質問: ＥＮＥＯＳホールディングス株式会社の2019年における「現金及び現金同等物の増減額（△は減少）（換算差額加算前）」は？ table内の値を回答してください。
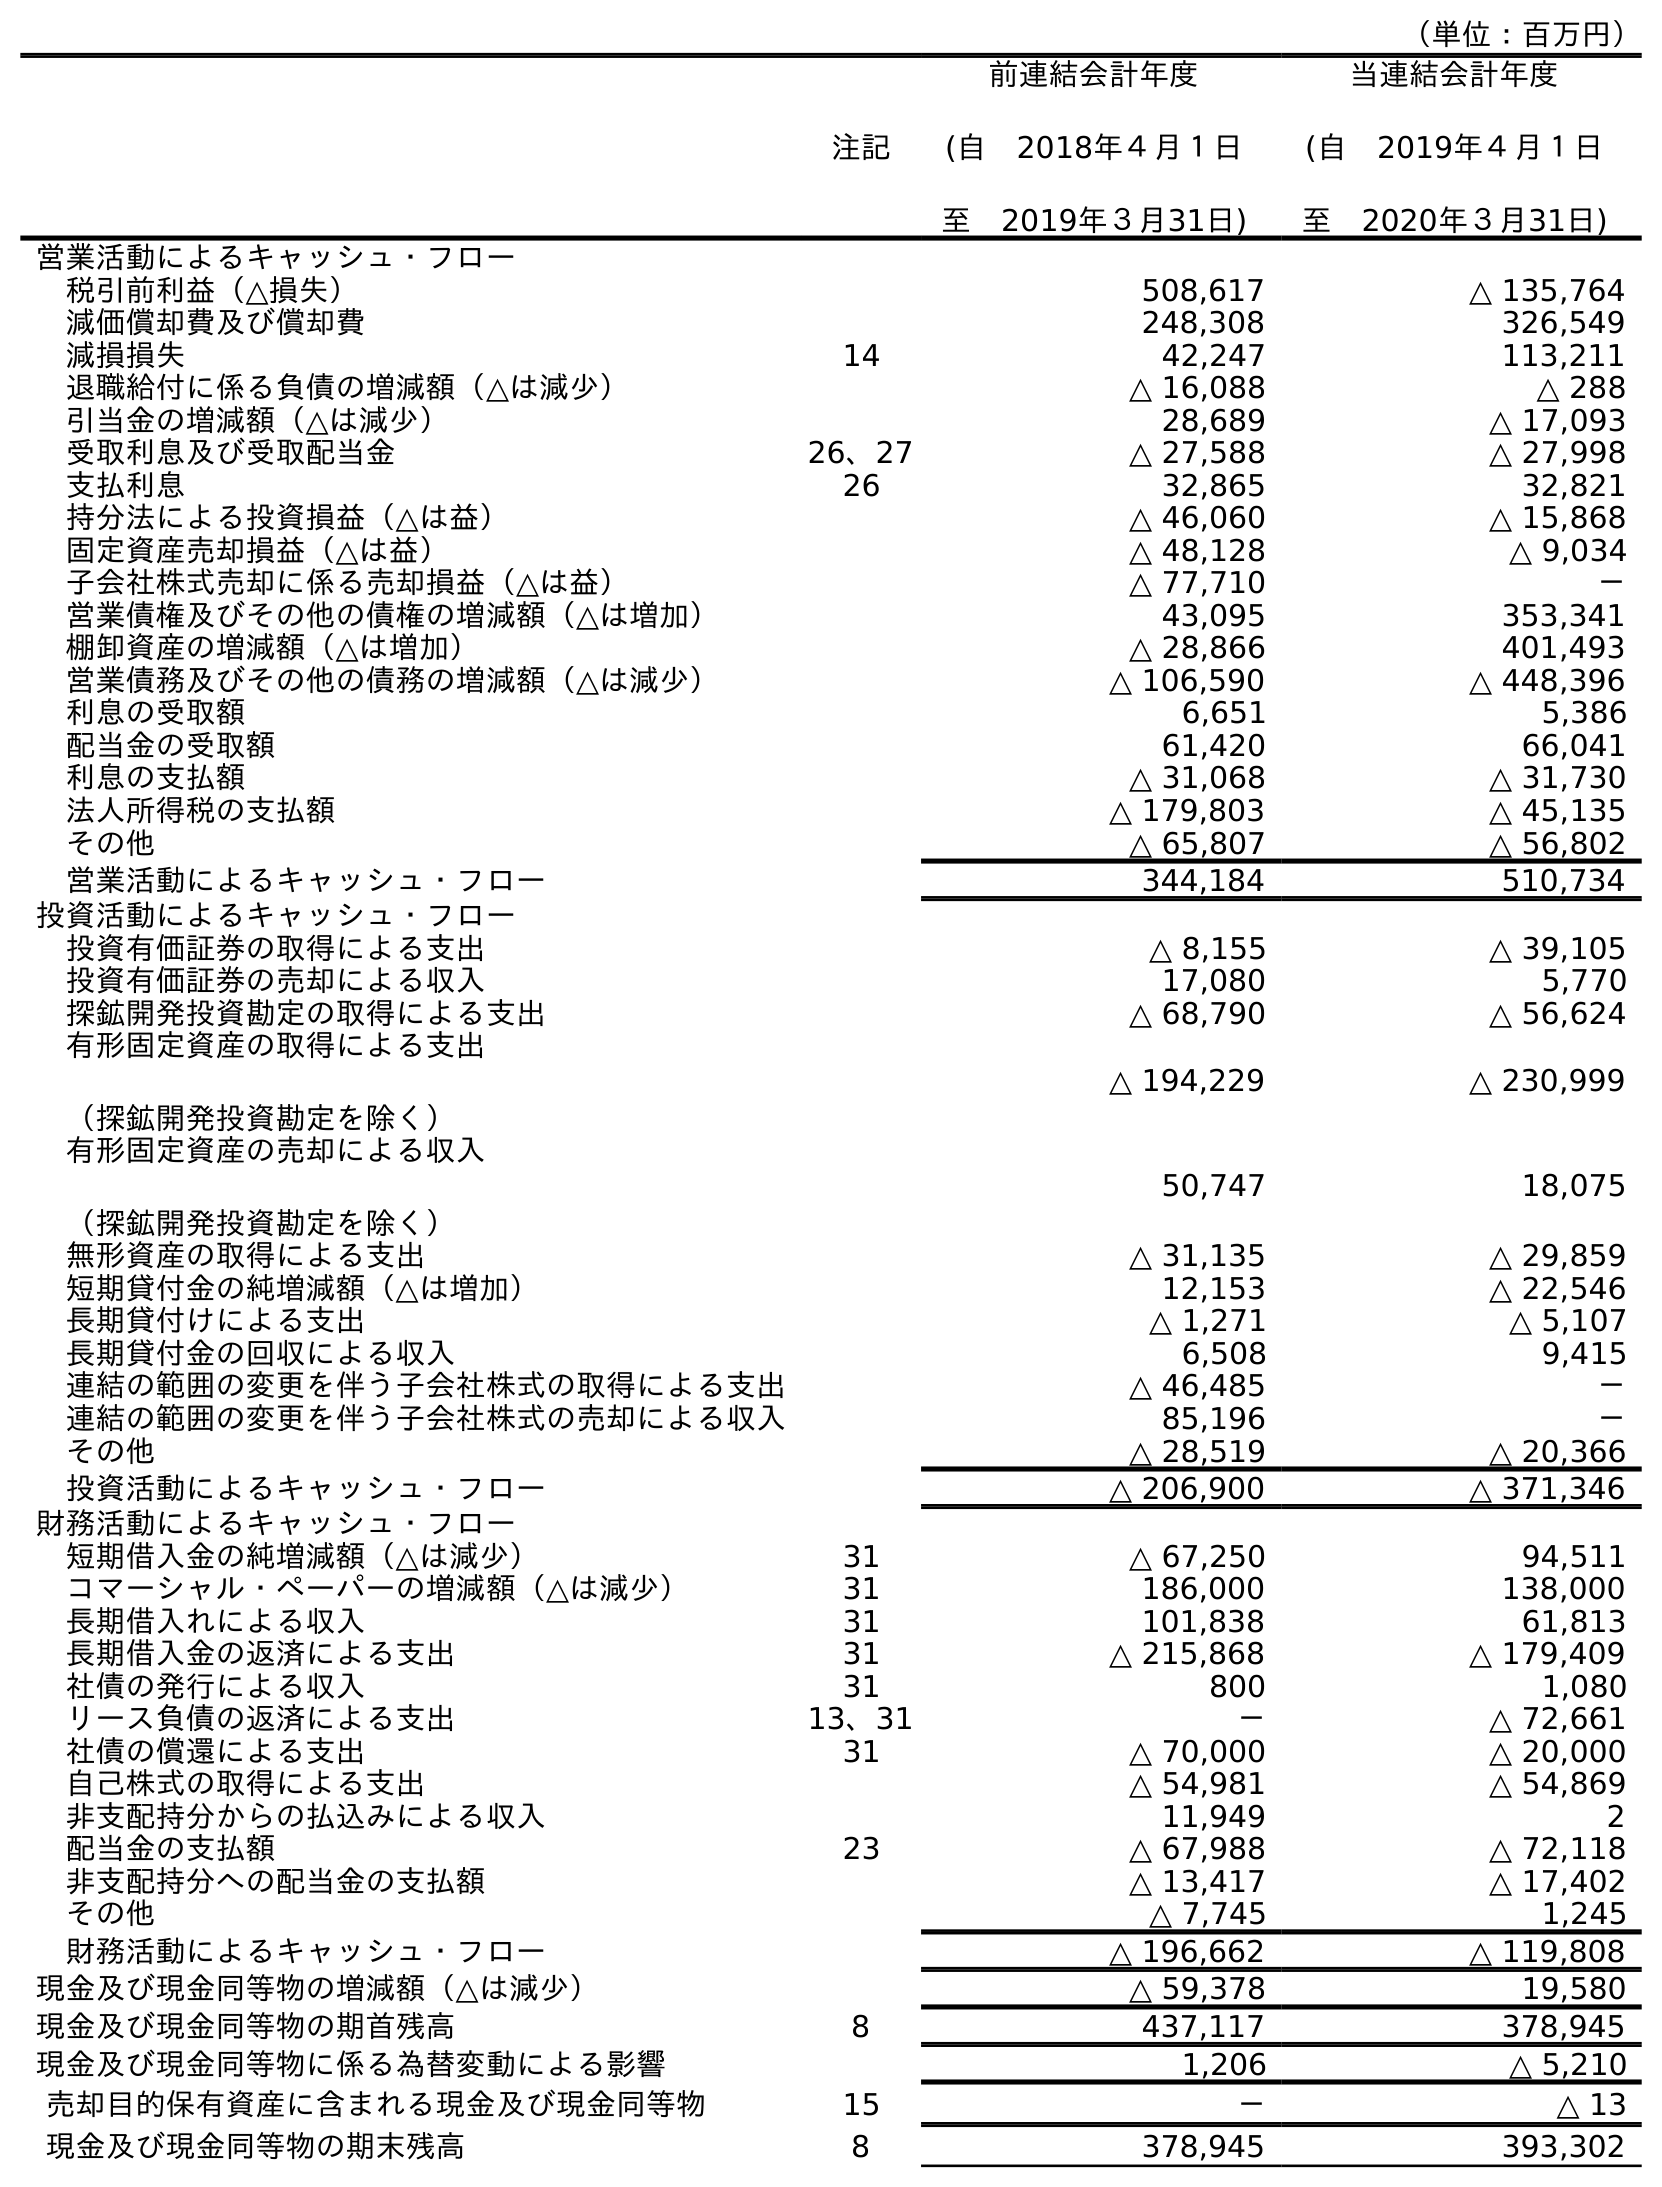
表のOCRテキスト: （単位：百万円） 注記 前連結会計年度 (自 2018年４月１日 至 2019年３月31日) 当連結会計年度 (自 2019年４月１日 至 2020年３月31日) 営業活動によるキャッシュ・フロー 税引前利益（△損失） 508,617 △ 135,764 減価償却費及び償却費 248,308 326,549 減損損失 14 42,247 113,211 退職給付に係る負債の増減額（△は減少） △ 16,088 △ 288 引当金の増減額（△は減少） 28,689 △ 17,093 受取利息及び受取配当金 26、27 △ 27,588 △ 27,998 支払利息 26 32,865 32,821 持分法による投資損益（△は益） △ 46,060 △ 15,868 固定資産売却損益（△は益） △ 48,128 △ 9,034 子会社株式売却に係る売却損益（△は益） △ 77,710 － 営業債権及びその他の債権の増減額（△は増加） 43,095 353,341 棚卸資産の増減額（△は増加） △ 28,866 401,493 営業債務及びその他の債務の増減額（△は減少） △ 106,590 △ 448,396 利息の受取額 6,651 5,386 配当金の受取額 61,420 66,041 利息の支払額 △ 31,068 △ 31,730 法人所得税の支払額 △ 179,803 △ 45,135 その他 △ 65,807 △ 56,802 営業活動によるキャッシュ・フロー 344,184 510,734 投資活動によるキャッシュ・フロー 投資有価証券の取得による支出 △ 8,155 △ 39,105 投資有価証券の売却による収入 17,080 5,770 探鉱開発投資勘定の取得による支出 △ 68,790 △ 56,624 有形固定資産の取得による支出 （探鉱開発投資勘定を除く） △ 194,229 △ 230,999 有形固定資産の売却による収入 （探鉱開発投資勘定を除く） 50,747 18,075 無形資産の取得による支出 △ 31,135 △ 29,859 短期貸付金の純増減額（△は増加） 12,153 △ 22,546 長期貸付けによる支出 △ 1,271 △ 5,107 長期貸付金の回収による収入 6,508 9,415 連結の範囲の変更を伴う子会社株式の取得による支出 △ 46,485 － 連結の範囲の変更を伴う子会社株式の売却による収入 85,196 － その他 △ 28,519 △ 20,366 投資活動によるキャッシュ・フロー △ 206,900 △ 371,346 財務活動によるキャッシュ・フロー 短期借入金の純増減額（△は減少） 31 △ 67,250 94,511 コマーシャル・ペーパーの増減額（△は減少） 31 186,000 138,000 長期借入れによる収入 31 101,838 61,813 長期借入金の返済による支出 31 △ 215,868 △ 179,409 社債の発行による収入 31 800 1,080 リース負債の返済による支出 13、31 － △ 72,661 社債の償還による支出 31 △ 70,000 △ 20,000 自己株式の取得による支出 △ 54,981 △ 54,869 非支配持分からの払込みによる収入 11,949 2 配当金の支払額 23 △ 67,988 △ 72,118 非支配持分への配当金の支払額 △ 13,417 △ 17,402 その他 △ 7,745 1,245 財務活動によるキャッシュ・フロー △ 196,662 △ 119,808 現金及び現金同等物の増減額（△は減少） △ 59,378 19,580 現金及び現金同等物の期首残高 8 437,117 378,945 現金及び現金同等物に係る為替変動による影響 1,206 △ 5,210 売却目的保有資産に含まれる現金及び現金同等物 15 － △ 13 現金及び現金同等物の期末残高 8 378,945 393,302
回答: △59,378